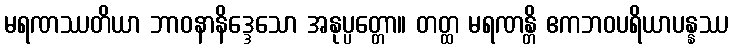
မရဏဿတိယာ ဘာဝနာနိဒ္ဒေသော အနုပ္ပတ္တော။ တတ္ထ မရဏန္တိ ဧကဘဝပရိယာပန္နဿ